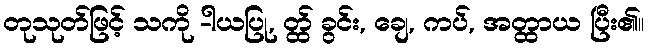
တုသုတ်ဖြင့် သကို -ါယပြု, တ္ထ် ခွင်း, ချေ, ကပ်, အတ္ထာယ ပြီး၏။